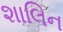
શાલિન